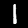
Digit: 1